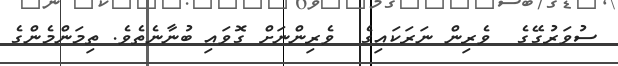
ސުވަރުގޭގެ  ވެރިން ނަރަކައިގެ  ވެރިންނަށް ގޮވައި ބުނާނެތެވެ. ތިމަންމެންގެ